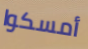
أمسكوا